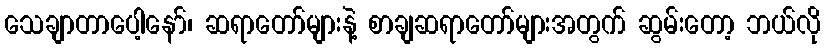
သေချာတာပေါ့နော်၊ ဆရာတော်များနဲ့ စာချဆရာတော်များအတွက် ဆွမ်းတော့ ဘယ်လို